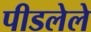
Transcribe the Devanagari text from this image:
पीडलेले